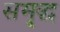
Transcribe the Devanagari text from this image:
समृ्द्ध